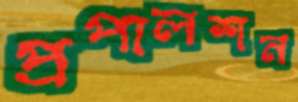
প্রপালশন